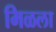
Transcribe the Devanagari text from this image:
मिळला